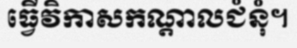
ធ្វើវិកាសកណ្តាលជំនុំ។